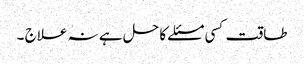
طاقت کسی مسئلے کا حل ہے نہ علاج ۔